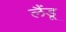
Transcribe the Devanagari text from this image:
लैंडू